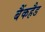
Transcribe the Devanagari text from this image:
बैंकहैड